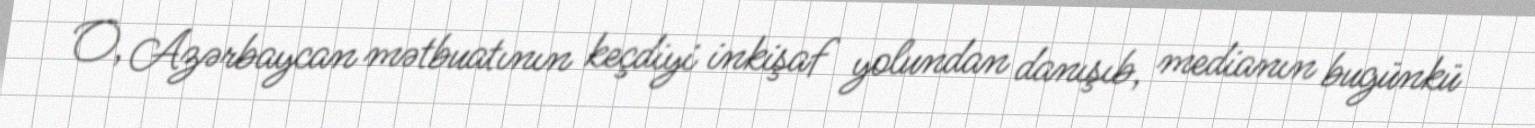
O, Azərbaycan mətbuatının keçdiyi inkişaf yolundan danışıb, medianın bugünkü